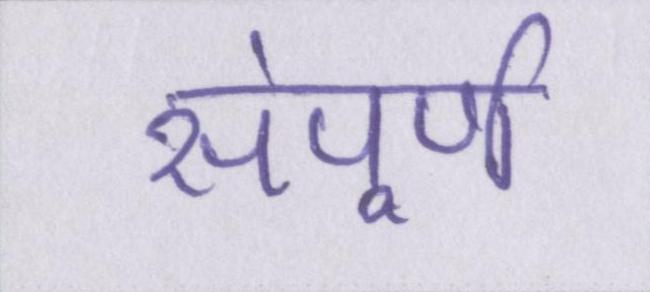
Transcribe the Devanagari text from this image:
संपूर्ण